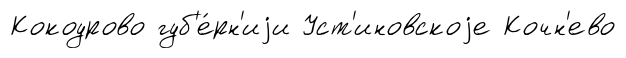
Кокоурово губ'е́рн'иjи Уст'иновскоjе Кочн'ево